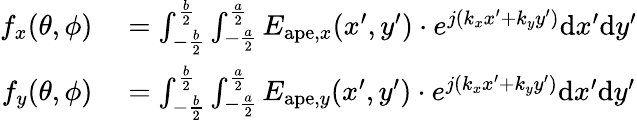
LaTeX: \begin{array}{rl}{f_{x}(\theta,\phi)}&{{}=\int_{-\frac{b}{2}}^{\frac{b}{2}}\int_{-\frac{a}{2}}^{\frac{a}{2}}E_{\mathrm{ape},x}(x^{\prime},y^{\prime})\cdot e^{j(k_{x}x^{\prime}+k_{y}y^{\prime})}\mathrm{d}x^{\prime}\mathrm{d}y^{\prime}}\\ {f_{y}(\theta,\phi)}&{{}=\int_{-\frac{b}{2}}^{\frac{b}{2}}\int_{-\frac{a}{2}}^{\frac{a}{2}}E_{\mathrm{ape},y}(x^{\prime},y^{\prime})\cdot e^{j(k_{x}x^{\prime}+k_{y}y^{\prime})}\mathrm{d}x^{\prime}\mathrm{d}y^{\prime}}\end{array}